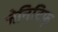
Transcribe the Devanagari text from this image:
जेनिटिफ़्